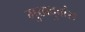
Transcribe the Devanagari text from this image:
मुखदुर्वास